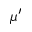
\mu ^ { \prime }